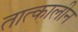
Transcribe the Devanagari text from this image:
तात्‍कालीन